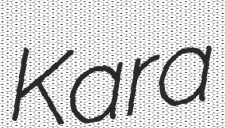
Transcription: Kara